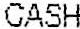
CASH